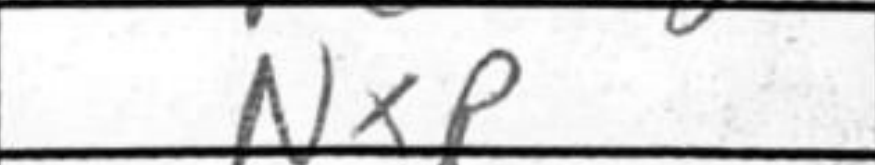
Transcription: NxP